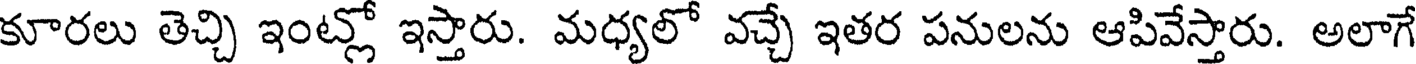
కూరలు తెచ్చి ఇంట్లో ఇస్తారు. మధ్యలో వచ్చే ఇతర పనులను ఆపివేస్తారు. అలాగే